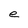
Character: e